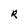
Character: R